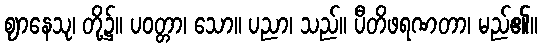
ဈာနေသု၊ တို့၌။ ပဝတ္တာ၊ သော။ ပညာ၊ သည်။ ပီတိဖရဏတာ၊ မည်၏။